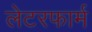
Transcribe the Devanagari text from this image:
लेटरफार्म